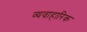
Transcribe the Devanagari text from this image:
व्यवाहारिक